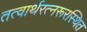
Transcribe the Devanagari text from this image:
तत्वार्थरत्नरूरस्थित